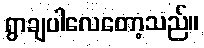
ရွာချပါလေတော့သည်။